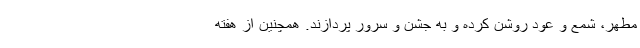
مطهر، شمع و عود روشن کرده و به جشن و سرور پردازند. همچنین از هفته